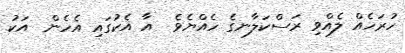
ހުރަހެއް ލެއްވި ރަސްކަލާނގެ ހެއްޔެވެ  އާ އެކުގައި އެހެން  އަކު